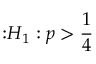
{ \mathrm { : } } H _ { 1 } : p > { \frac { 1 } { 4 } }